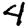
Digit: 4